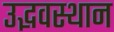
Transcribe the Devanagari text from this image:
उद्भवस्थान